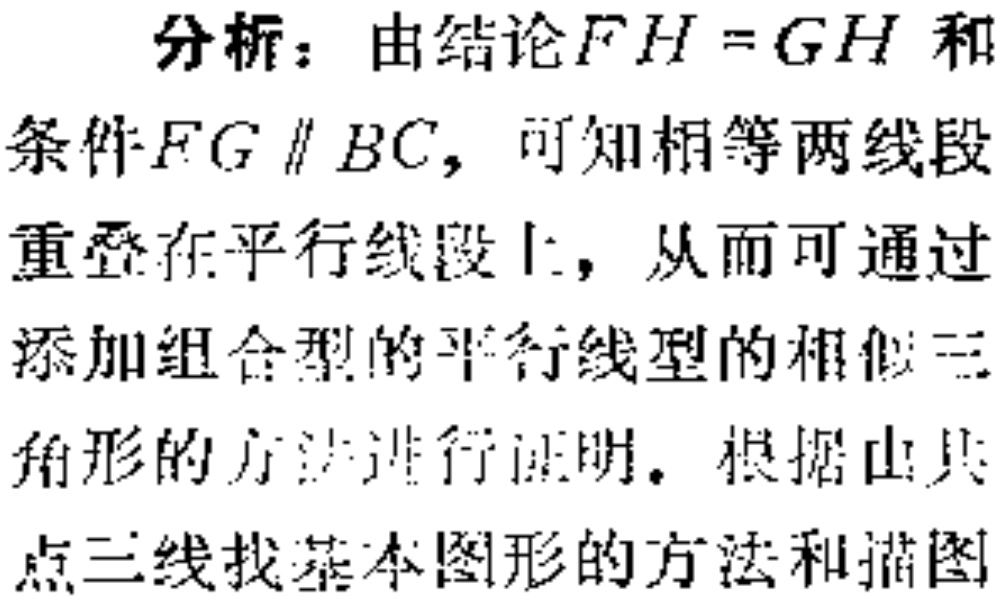
分析：由结论\(FH = GH\)和
条件\(FG\parallel BC\)，可知相等两线段
重叠在平行线段上，从而可通过
添加组合型的平行线型的相似三
角形的方法进行证明。根据由共
点三线找基本图形的方法和描图